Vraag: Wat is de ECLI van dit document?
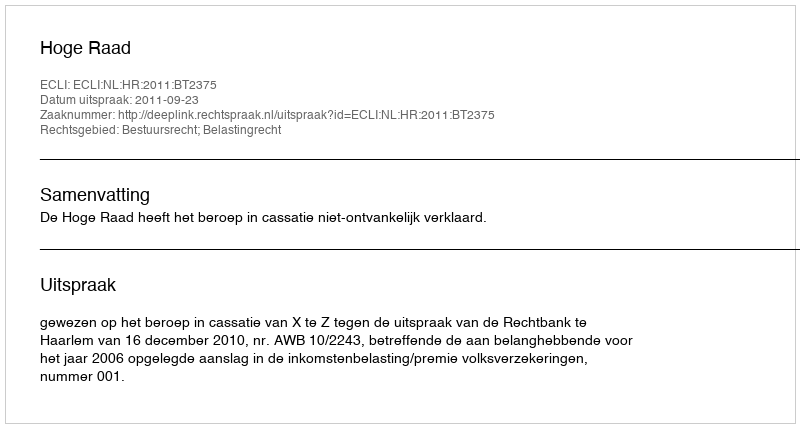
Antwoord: ECLI:NL:HR:2011:BT2375